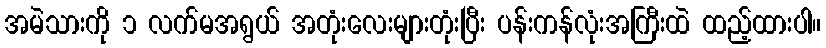
အမဲသားကို ၁ လက်မအရွယ် အတုံးလေးများတုံးပြီး ပန်းကန်လုံးအကြီးထဲ ထည့်ထားပါ။